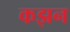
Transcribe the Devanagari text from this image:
कझन